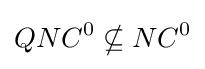
QNC^{0}\nsubseteq NC^{0}